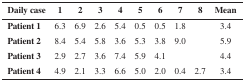
<table><thead><tr><td><b>Daily case</b></td><td><b>1</b></td><td><b>2</b></td><td><b>3</b></td><td><b>4</b></td><td><b>5</b></td><td><b>6</b></td><td><b>7</b></td><td><b>8</b></td><td><b>Mean</b></td></tr></thead><tbody><tr><td><b>Patient 1</b></td><td>6.3</td><td>6.9</td><td>2.6</td><td>5.4</td><td>0.5</td><td>0.5</td><td>1.8</td><td>[EMPTY_CELL]</td><td>3.4</td></tr><tr><td><b>Patient 2</b></td><td>8.4</td><td>5.4</td><td>5.8</td><td>3.6</td><td>5.3</td><td>3.8</td><td>9.0</td><td>[EMPTY_CELL]</td><td>5.9</td></tr><tr><td><b>Patient 3</b></td><td>2.9</td><td>2.7</td><td>3.6</td><td>7.4</td><td>5.9</td><td>4.1</td><td>[EMPTY_CELL]</td><td>[EMPTY_CELL]</td><td>4.4</td></tr><tr><td><b>Patient 4</b></td><td>4.9</td><td>2.1</td><td>3.3</td><td>6.6</td><td>5.0</td><td>2.0</td><td>0.4</td><td>2.7</td><td>3.4</td></tr></tbody></table>